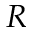
R